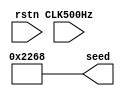
module seed_in(
    input CLK500Hz,
    input rstn,
    output reg [15:0]seed
    );
    
always @* begin 
    seed = 16'd8808;
end

endmodule